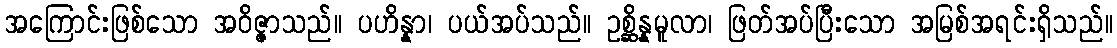
အကြောင်းဖြစ်သော အဝိဇ္ဇာသည်။ ပဟိန္နာ၊ ပယ်အပ်သည်။ ဥစ္ဆိန္နမူလာ၊ ဖြတ်အပ်ပြီးသော အမြစ်အရင်းရှိသည်။